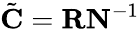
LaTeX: \tilde{\mathbf{C}}=\mathbf{R}\mathbf{N}^{-1}